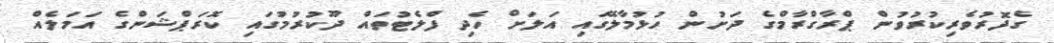
ގެދޮރުވެރިކުރުވުން ޕްރާގްރާމްގެ ދަށުން ހުޅުމާލޭގައި އަލަށް ހެދި ފްލެޓުތައް ދޫކުރުމުގައި ކޮރަޕްޝަންގެ އަމަލެއް